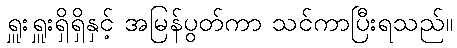
ရှူးရှူးရှိရှိနှင့် အမြန်ပွတ်ကာ သင်ကာပြီးရသည်။